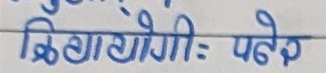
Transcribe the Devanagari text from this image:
क्रियायोगी: पहर